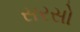
સરસો